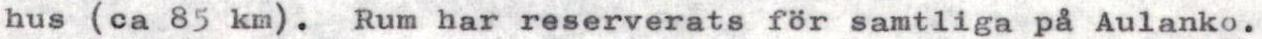
hus (ca 85 km). Rum har reserverats för samtliga på Aulanko.